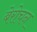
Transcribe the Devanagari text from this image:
बेरोचन